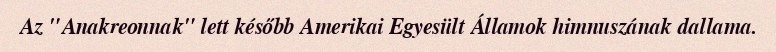
Az "Anakreonnak" lett később Amerikai Egyesült Államok himnuszának dallama.